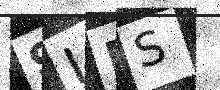
Text: 9IBS